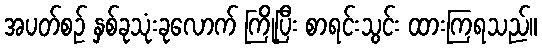
အပတ်စဉ် နှစ်ခုသုံးခုလောက် ကြိုပြီး စာရင်းသွင်း ထားကြရသည်။